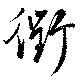
衢